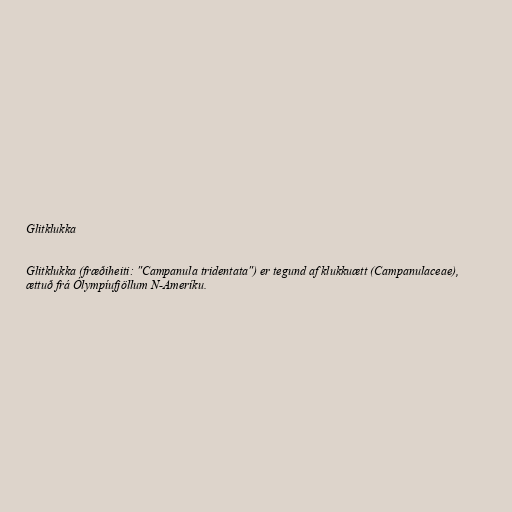
Glitklukka

Glitklukka (fræðiheiti: "Campanula tridentata") er tegund af klukkuætt (Campanulaceae),
ættuð frá Ólympíufjöllum N-Ameríku.